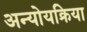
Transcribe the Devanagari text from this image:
अन्योयक्रिया